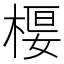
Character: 𣕩